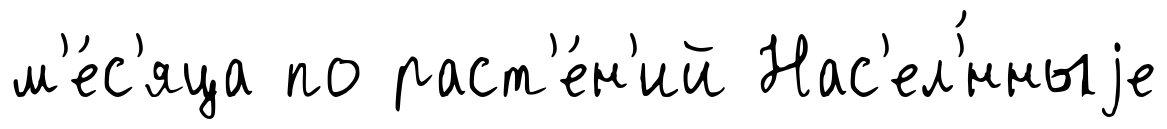
м'е́с'яца по раст'е́н'ий Нас'ел'́нныjе